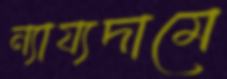
ন্যায্যদামে